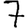
Digit: 7